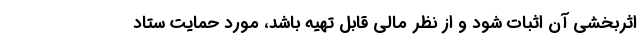
اثربخشی آن اثبات شود و از نظر مالی قابل تهیه باشد، مورد حمایت ستاد